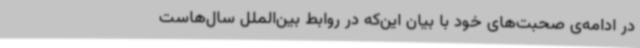
در ادامه‌ی صحبت‌های خود با بیان این‌که در روابط بین‌الملل سال‌هاست